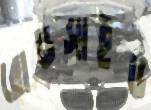
রোডসাইড